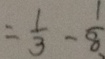
= \frac { 1 } { 3 } - \frac { 1 } { 8 }